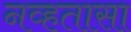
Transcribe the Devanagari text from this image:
नव्हतासा